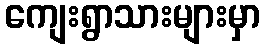
ကျေးရွာသားများမှာ